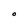
Character: O